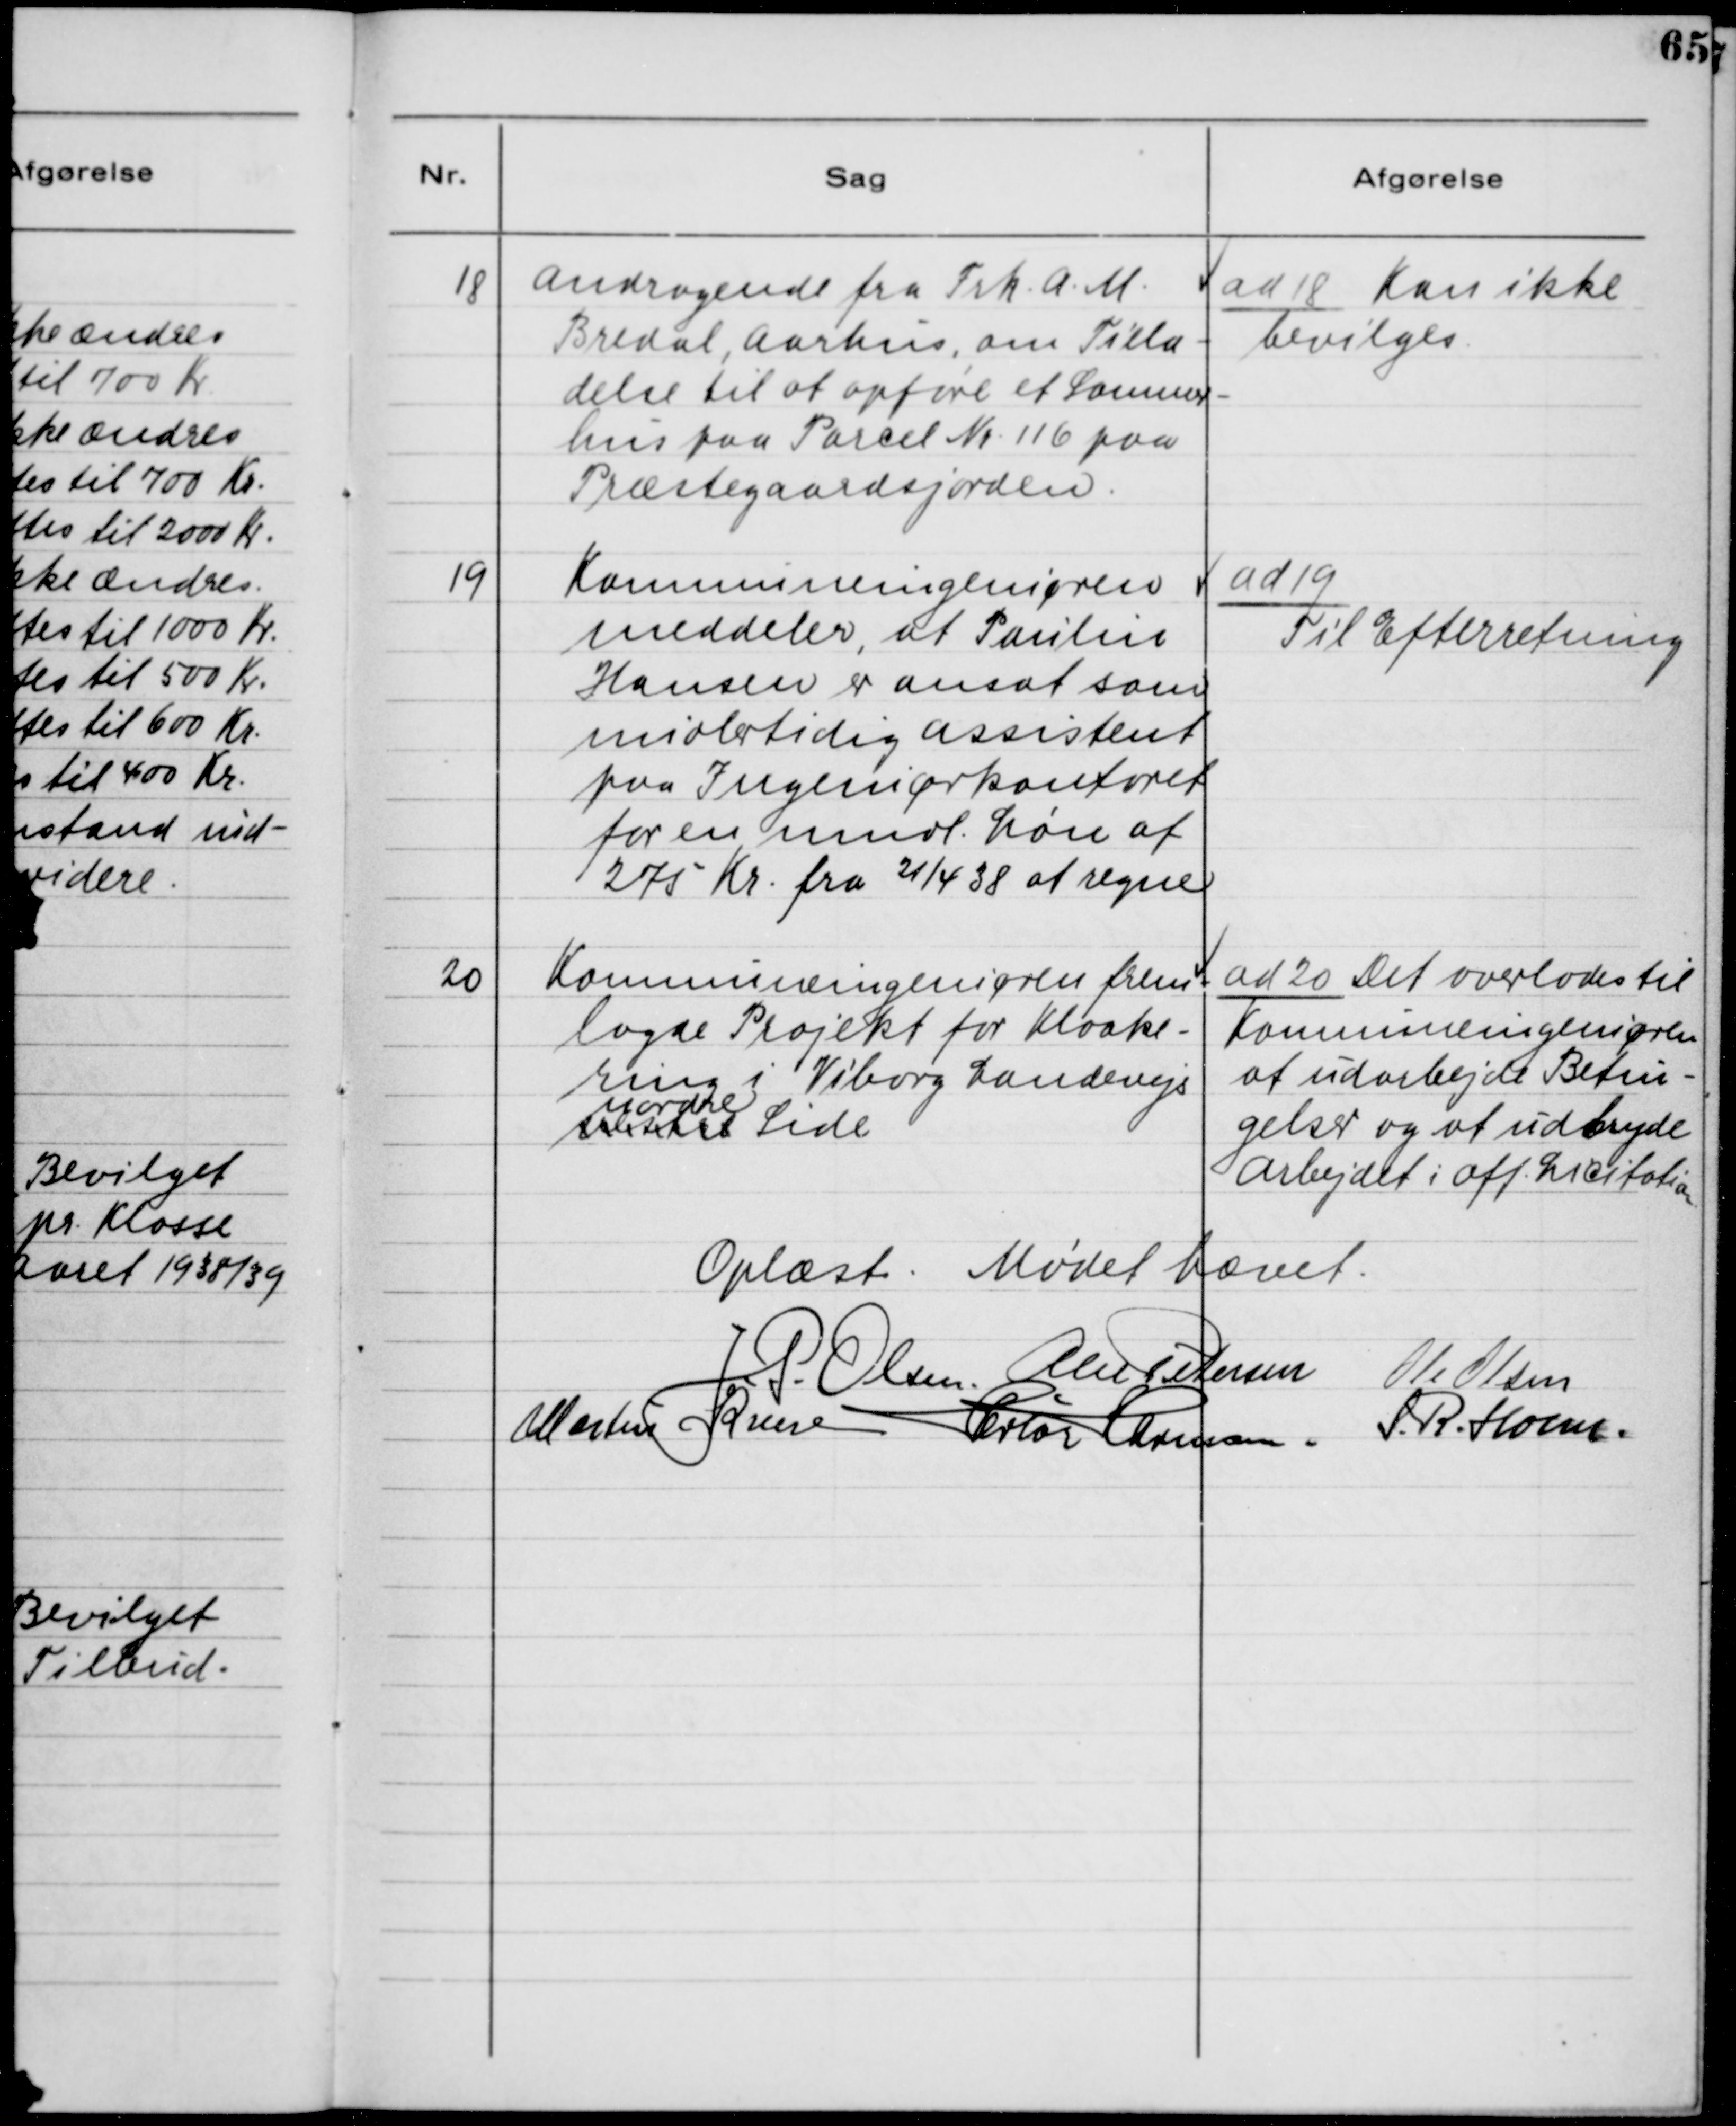
Transskription:
18. Andragende fra Frk. A. M.
Bredal, Aarhus, om Tilla-
delse til at opføre et Sommer-
hus paa Parcel Nr. 116 paa
Præstegaardsjorden.

ad 18. kan ikke
bevilges.

19. Kommuneingeniøren
meddeler, at Paulus
Hansen er ansat som
Midlertidig assistent
paa Ingeniørkontoret
for en mndl. Løn af
275 Kr. fra 21/4 38 at regne.

ad 19.
Til Efterretning.

20. Kommuneingeniøren frem-
lagde Projekt for Kloake-
ring i Viborg Landevejs
vestre nordre Side.

ad 20. Det overlades til
Kommuneingeniøren
at udarbejde Betin-
gelser og at udbyde
Arbejdet i Off. Licitation.

Oplæst. Mødet hævet.